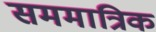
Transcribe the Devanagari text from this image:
सममात्रिक